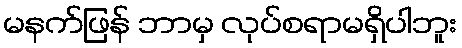
မနက်ဖြန် ဘာမှ လုပ်စရာမရှိပါဘူး